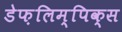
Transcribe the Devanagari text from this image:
डेफ़लिम्पिक्स